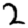
Digit: 2